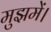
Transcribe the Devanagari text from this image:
मुझमें।